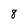
Character: 8